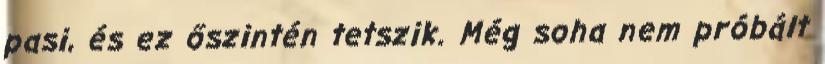
pasi, és ez őszintén tetszik. Még soha nem próbált